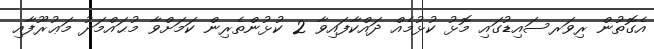
އެގޮތުން ރިވަރސައިޑުގައި މޮޅު ކުޅުމެއް ދައްކާފައިވާ 2 ކުޅުންތެރިން ކަމަށްވާ މުޙައްމަދު މަޢުރޫފާއި